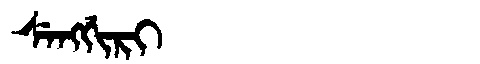
Manchu: ᠰᡝᠩᡤᡳᡵᡳ
Romanization: SENGGIRI